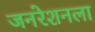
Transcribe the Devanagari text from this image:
जनरेशनला